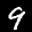
Label: 9